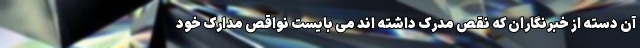
آن دسته از خبرنگاران که نقص مدرک داشته اند می بایست نواقص مدارک خود